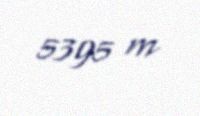
5395 m